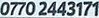
0770 2443171